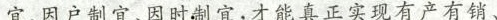
宜、因户制宜、因时制宜，才能真正实现有产有销、